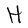
Character: H